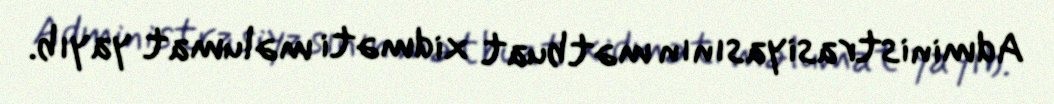
Administrasiyasının mətbuat xidməti məlumat yayıb.